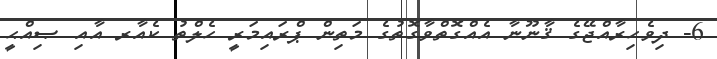
6- ދިވެހިރާއްޖޭގެ ޤާނޫނާ އެއްގޮތްވާގޮތުގެ މަތިން ޕްރައިމަރީ ހެލްތު ކެއާރ އާއި ޞިއްޙީ